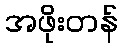
အဖိုးတန်